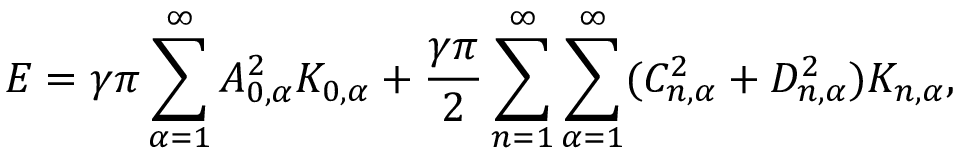
E = \gamma \pi \sum _ { \alpha = 1 } ^ { \infty } A _ { 0 , \alpha } ^ { 2 } K _ { 0 , \alpha } + \frac { \gamma \pi } { 2 } \sum _ { n = 1 } ^ { \infty } \sum _ { \alpha = 1 } ^ { \infty } ( C _ { n , \alpha } ^ { 2 } + D _ { n , \alpha } ^ { 2 } ) K _ { n , \alpha } ,